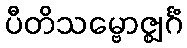
ပီတိသမ္ဗောဇ္ဈင်္ဂံ